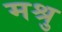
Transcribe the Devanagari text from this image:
मश्रु